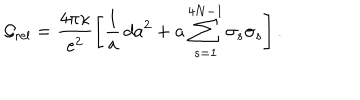
{ \cal G } _ { \mathrm { r e l } } = \frac { 4 \pi \kappa } { e ^ { 2 } } \left[ \frac { 1 } { a } \, d a ^ { 2 } + a \sum _ { s = 1 } ^ { 4 N - 1 } \sigma _ { s } \sigma _ { s } \right] .